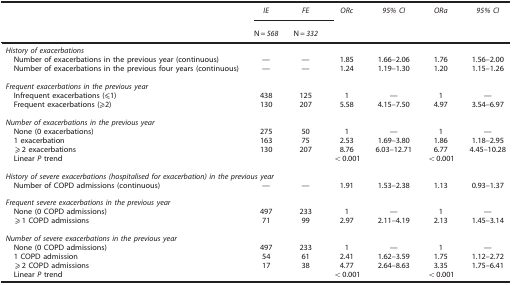
<table><thead><tr><td><b> </b></td><td><b><i>IE</i></b></td><td><b><i>FE</i></b></td><td><b><i>ORc</i></b></td><td><b><i>95% CI</i></b></td><td><b><i>ORa</i></b></td><td><b><i>95% CI</i></b></td></tr><tr><td><b> </b></td><td><b>N<i>=568</i></b></td><td><b>N<i>=332</i></b></td><td><b> </b></td><td><b> </b></td><td><b> </b></td><td><b> </b></td></tr></thead><tbody><tr><td colspan="7"><i>History of exacerbations</i></td></tr><tr><td> Number of exacerbations in the previous year (continuous)</td><td>—</td><td>—</td><td>1.85</td><td>1.66–2.06</td><td>1.76</td><td>1.56–2.00</td></tr><tr><td> Number of exacerbations in the previous four years (continuous)</td><td>—</td><td>—</td><td>1.24</td><td>1.19–1.30</td><td>1.20</td><td>1.15–1.26</td></tr><tr><td> </td><td> </td><td> </td><td> </td><td> </td><td> </td><td> </td></tr><tr><td colspan="7"><i>Frequent exacerbations in the previous year</i></td></tr><tr><td> Infrequent exacerbations (⩽1)</td><td>438</td><td>125</td><td>1</td><td>—</td><td>1</td><td>—</td></tr><tr><td> Frequent exacerbations (⩾2)</td><td>130</td><td>207</td><td>5.58</td><td>4.15–7.50</td><td>4.97</td><td>3.54–6.97</td></tr><tr><td> </td><td> </td><td> </td><td> </td><td> </td><td> </td><td> </td></tr><tr><td colspan="7"><i>Number of exacerbations in the previous year</i></td></tr><tr><td> None (0 exacerbations)</td><td>275</td><td>50</td><td>1</td><td>—</td><td>1</td><td>—</td></tr><tr><td> 1 exacerbation</td><td>163</td><td>75</td><td>2.53</td><td>1.69–3.80</td><td>1.86</td><td>1.18–2.95</td></tr><tr><td> ⩾2 exacerbations</td><td>130</td><td>207</td><td>8.76</td><td>6.03–12.71</td><td>6.77</td><td>4.45–10.28</td></tr><tr><td> Linear <i>P</i> trend</td><td> </td><td> </td><td>&lt;0.001</td><td> </td><td>&lt;0.001</td><td> </td></tr><tr><td> </td><td> </td><td> </td><td> </td><td> </td><td> </td><td> </td></tr><tr><td colspan="7"><i>History of severe exacerbations (hospitalised for exacerbation) in the previous year</i></td></tr><tr><td> Number of COPD admissions (continuous)</td><td>—</td><td>—</td><td>1.91</td><td>1.53–2.38</td><td>1.13</td><td>0.93–1.37</td></tr><tr><td> </td><td> </td><td> </td><td> </td><td> </td><td> </td><td> </td></tr><tr><td colspan="7"><i>Frequent severe exacerbations in the previous year</i></td></tr><tr><td> None (0 COPD admissions)</td><td>497</td><td>233</td><td>1</td><td>—</td><td>1</td><td>—</td></tr><tr><td> ⩾1 COPD admissions</td><td>71</td><td>99</td><td>2.97</td><td>2.11–4.19</td><td>2.13</td><td>1.45–3.14</td></tr><tr><td> </td><td> </td><td> </td><td> </td><td> </td><td> </td><td> </td></tr><tr><td colspan="7"><i>Number of severe exacerbations in the previous year</i></td></tr><tr><td> None (0 COPD admissions)</td><td>497</td><td>233</td><td>1</td><td>—</td><td>1</td><td>—</td></tr><tr><td> 1 COPD admission</td><td>54</td><td>61</td><td>2.41</td><td>1.62–3.59</td><td>1.75</td><td>1.12–2.72</td></tr><tr><td> ⩾2 COPD admissions</td><td>17</td><td>38</td><td>4.77</td><td>2.64–8.63</td><td>3.35</td><td>1.75–6.41</td></tr><tr><td> Linear <i>P</i> trend</td><td> </td><td> </td><td>&lt;0.001</td><td> </td><td>&lt;0.001</td><td> </td></tr></tbody></table>